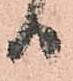
日